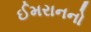
ઈમરાનનો